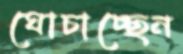
ঘোচাচ্ছেন